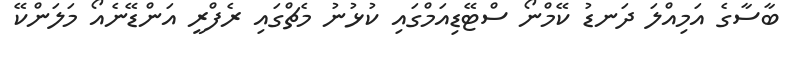
ބާސާގެ އަމިއްލަ ދަނޑު ކޭމްނޯ ސްޓޭޑިއަމްގައި ކުޅުނު މެޗްގައި ރެފްރީ އަންޑޭނެއޯ މަލަންކޭ